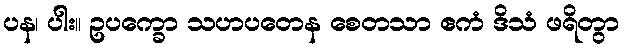
ပန၊ ပါး။ ဥပက္ခော သဟပတေန စေတသာ ဧကံ ဒိသံ ဖရိတွာ